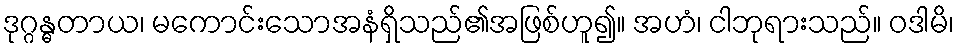
ဒုဂ္ဂန္ဓတာယ၊ မကောင်းသောအနံရှိသည်၏အဖြစ်ဟူ၍။ အဟံ၊ ငါဘုရားသည်။ ဝဒါမိ၊